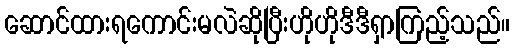
ဆောင်ထားရကောင်းမလဲဆိုပြီးဟိုဟိုဒီဒီရှာကြည့်သည်။